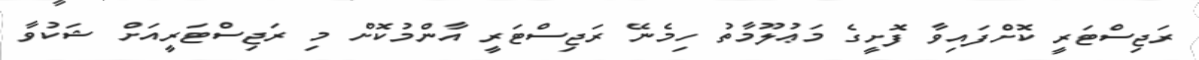
ރަޖިސްޓަރީ ކޮށްފައިވާ ފޮށީގެ މަޢުލޫމާތު ހިމެނޭ ރަޖިސްޓަރީ އާންމުކޮށް މި ރަޖިސްޓަރީއަށް ޝަކުވާ